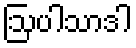
ဩပါသာဒါ